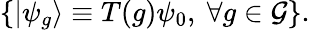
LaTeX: \{ |\psi_{g}\rangle\equiv T(g)\psi_{0},\ \forall g\in{\cal G}\} .